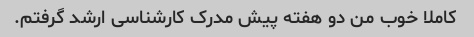
کاملا خوب من دو هفته پیش مدرک کارشناسی ارشد گرفتم.